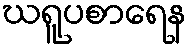
ဃရူပစာရေန